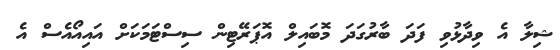
ޝިލާ އެ ވިދާޅުވި ފަދަ ބާރުގަދަ މޮބައިލް އޮޕަރޭޓިން ސިސްޓަމަކަށް އައިއޯއެސް އެ